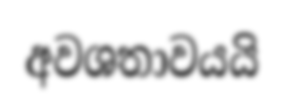
අවශතාවයයි